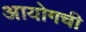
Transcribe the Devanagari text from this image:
आयोगची